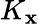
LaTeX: K_{\mathbf{x}}